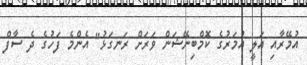
އުމޭރާއި އަލީ އުމަރުގެ ކޮމްބިނޭޝަން ވަރަށް ރަނގަޅު" އެންމެ ފަހުގެ ދެ ސާފް